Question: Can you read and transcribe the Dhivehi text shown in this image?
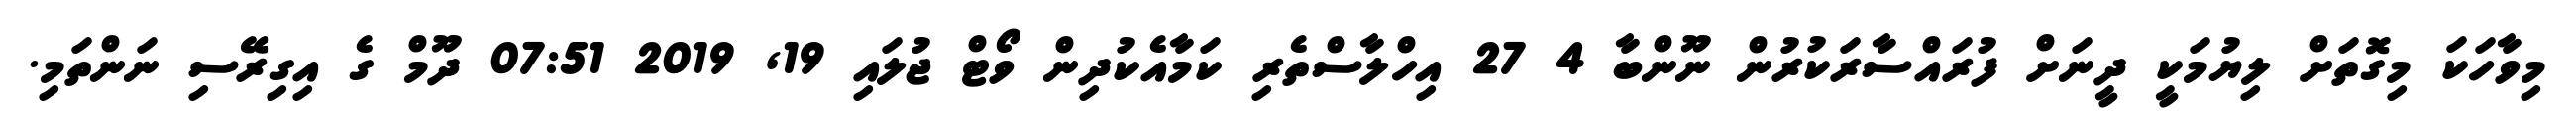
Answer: މިވާހަކަ މިގޮތަށް ލިޔުމަކީ ދީނަށް ފުރައްސާރަކުރުން ނޫންބާ 4 27 އިހްލާސްތެރި ކަމާއެކުދިން ވޯޓް ޖުލައި 19, 2019 07:51 ދޫމް ގެ އިގިރޭސި ނަންތަމި.